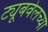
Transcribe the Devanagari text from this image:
ट्यूबवेलच्या